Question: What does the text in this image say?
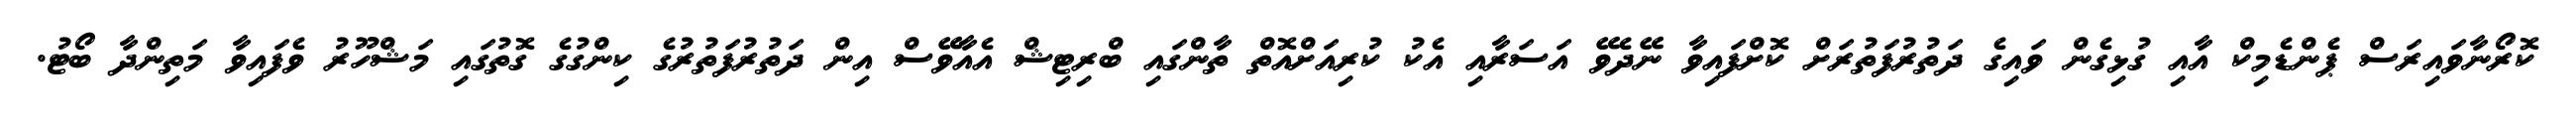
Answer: ކޮރޯނާވައިރަސް ޕެންޑެމިކް އާއި ގުޅިގެން ވައިގެ ދަތުރުފަތުރަށް ކޮށްފައިވާ ނޭދެވޭ އަސަރާއި އެކު ކުރިއަށްއޮތް ތާންގައި ބްރިޓިޝް އެއާވޭސް އިން ދަތުރުފަތުރުގެ ކިންގުގެ ގޮތުގައި މަޝްހޫރު ވެފައިވާ މަތިންދާ ބޯޓު.